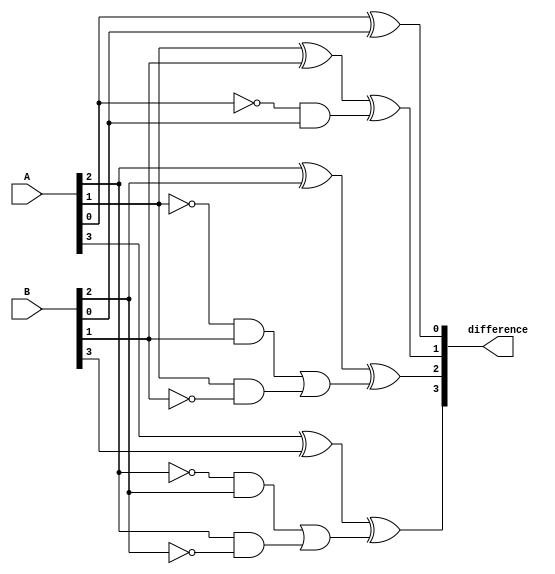
module subtractor(
    input [3:0] A,
    input [3:0] B,
    output reg [3:0] difference
);

assign difference[0] = A[0] ^ B[0];
assign difference[1] = (A[1] ^ B[1]) ^ (~A[0] & B[0]);
assign difference[2] = (A[2] ^ B[2]) ^ ((~A[1] & B[1]) | (A[1] & ~B[1]));
assign difference[3] = (A[3] ^ B[3]) ^ ((~A[2] & B[2]) | (A[2] & ~B[2]));

endmodule